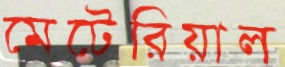
মেটেরিয়াল